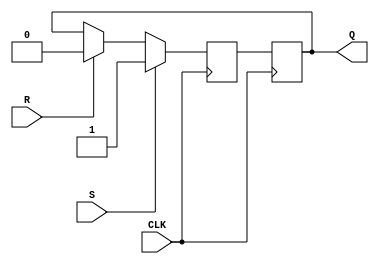
module SR_FF (
    input S, // Set input
    input R, // Reset input
    input CLK, // Clock input
    output reg Q // Output
);

reg D1, D2;

// Master flip-flop
always @(posedge CLK) begin
    if(S) begin
        D1 <= 1; // Set Q to 1
    end else if(R) begin
        D1 <= 0; // Reset Q to 0
    end else begin
        D1 <= Q; // Maintain Q value
    end
end

// Slave flip-flop
always @(posedge CLK) begin
    D2 <= D1; // Buffered input from master flip-flop
end

assign Q = D2;

endmodule